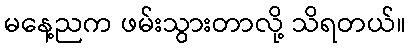
မနေ့ညက ဖမ်းသွားတာလို့ သိရတယ်။